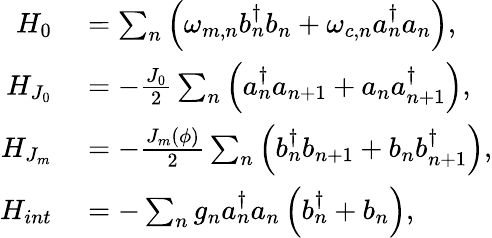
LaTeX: \begin{array}{rl}{H_{0}}&{{}=\sum_{n}\left(\omega_{m,n}b_{n}^{\dagger}b_{n}+\omega_{c,n}a_{n}^{\dagger}a_{n}\right),}\\ {H_{J_{0}}}&{{}=-\frac{J_{0}}{2}\sum_{n}\left(a_{n}^{\dagger}a_{n+1}+a_{n}a_{n+1}^{\dagger}\right),}\\ {H_{J_{m}}}&{{}=-\frac{J_{m}(\phi)}{2}\sum_{n}\left(b_{n}^{\dagger}b_{n+1}+b_{n}b_{n+1}^{\dagger}\right),}\\ {H_{int}}&{{}=-\sum_{n}g_{n}a_{n}^{\dagger}a_{n}\left(b_{n}^{\dagger}+b_{n}\right),}\end{array}